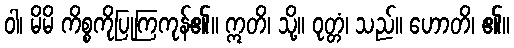
ဝါ၊ မိမိ ကိစ္စကိုပြုကြကုန်၏။ ဣတိ၊ သို့။ ဝုတ္တံ၊ သည်။ ဟောတိ၊ ၏။